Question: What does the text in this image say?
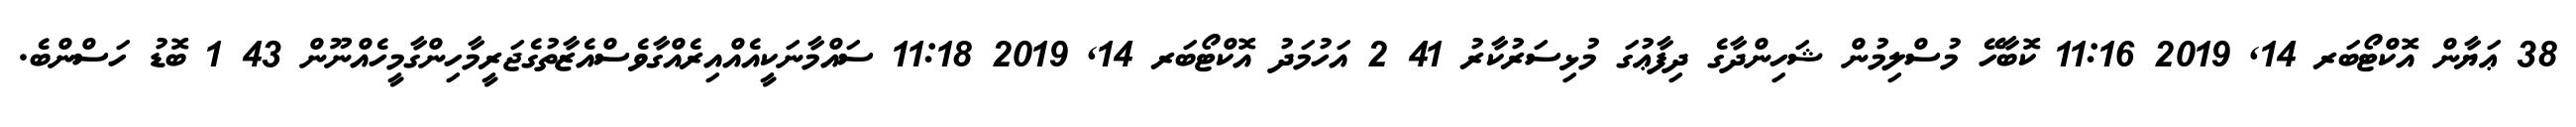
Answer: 38 ޢަޔާން އޮކްޓޯބަރ 14, 2019 11:16 ކޮބާހޭ މުސްލިމުން ޝަހިންދާގެ ދިފާޢުގަ މުޅިސަރުކާރު 41 2 އަހުމަދު އޮކްޓޯބަރ 14, 2019 11:18 ސައްމާނަކީއެއްއިރެއްގާވެސްއެޒާތުގެޖަރީމާހިންގާމީހެއްނޫން 43 1 ބޮޑު ހަސްންބެ.